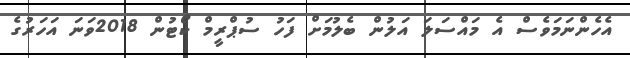
އެހެންނަމަވެސް އެ މައްސަލަ އަލުން ބެލުމަށް ފަހު ސުޕްރީމް ކޯޓުން 2018ވަނަ އަހަރުގެ